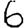
Digit: 6